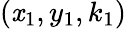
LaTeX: (\mathit{x}_{1},y_{1},k_{1})